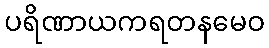
ပရိဏာယကရတနမေဝ